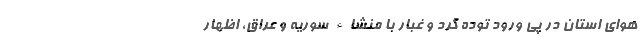
هوای استان در پی ورود توده گرد و غبار با منشاء سوریه و عراق، اظهار